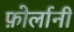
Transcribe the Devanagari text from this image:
फ़ोर्लानी